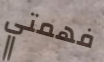
فهمتي